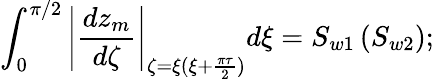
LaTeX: \int_{0}^{\pi/2}\left|\frac{dz_{m}}{d\zeta}\right|_{\zeta=\xi({\xi+\frac{\pi\tau}{2}})}d\xi=S_{w1}\left({S_{w2}}\right);